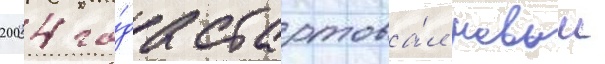
2004 го́да стартова́л новыи